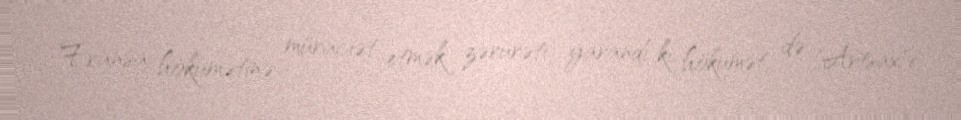
Fransa hökumətinə müraciət etmək zərurəti yarandı ki, hökumət də "Artsax"ı